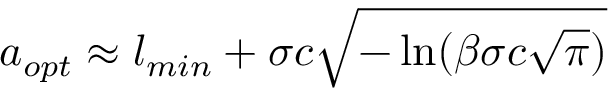
a _ { o p t } \approx l _ { m i n } + \sigma c \sqrt { - \ln ( \beta \sigma c \sqrt { \pi } ) } \